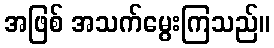
အဖြစ် အသက်မွေးကြသည်။